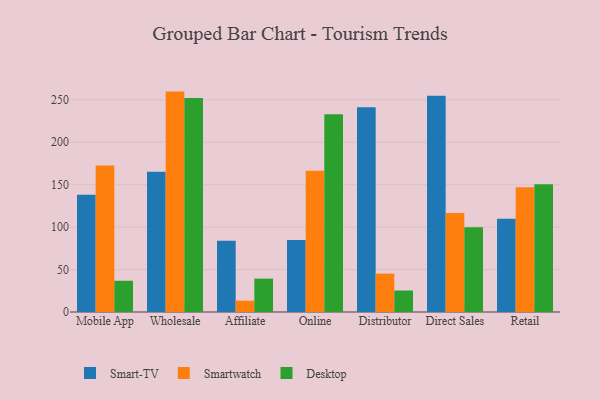
{"axis": {"x": "Channel", "y": "Waste Production (Tons)"}, "legend": ["Desktop", "Smart-TV", "Smartwatch"], "data": [{"x": "Mobile App", "y": 138.2, "type": "Smart-TV"}, {"x": "Mobile App", "y": 172.5, "type": "Smartwatch"}, {"x": "Mobile App", "y": 36.8, "type": "Desktop"}, {"x": "Wholesale", "y": 165.1, "type": "Smart-TV"}, {"x": "Wholesale", "y": 259.6, "type": "Smartwatch"}, {"x": "Wholesale", "y": 252.1, "type": "Desktop"}, {"x": "Affiliate", "y": 83.8, "type": "Smart-TV"}, {"x": "Affiliate", "y": 13.4, "type": "Smartwatch"}, {"x": "Affiliate", "y": 39.3, "type": "Desktop"}, {"x": "Online", "y": 84.9, "type": "Smart-TV"}, {"x": "Online", "y": 166.4, "type": "Smartwatch"}, {"x": "Online", "y": 232.8, "type": "Desktop"}, {"x": "Distributor", "y": 241.1, "type": "Smart-TV"}, {"x": "Distributor", "y": 45.2, "type": "Smartwatch"}, {"x": "Distributor", "y": 25.3, "type": "Desktop"}, {"x": "Direct Sales", "y": 254.8, "type": "Smart-TV"}, {"x": "Direct Sales", "y": 116.6, "type": "Smartwatch"}, {"x": "Direct Sales", "y": 99.9, "type": "Desktop"}, {"x": "Retail", "y": 109.9, "type": "Smart-TV"}, {"x": "Retail", "y": 146.8, "type": "Smartwatch"}, {"x": "Retail", "y": 150.5, "type": "Desktop"}]}